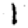
Digit: 1